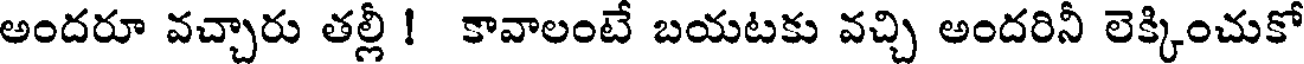
అందరూ వచ్చారు తల్లీ ! కావాలంటే బయటకు వచ్చి అందరినీ లెక్కించుకో